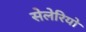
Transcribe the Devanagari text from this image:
सेलेरियो